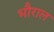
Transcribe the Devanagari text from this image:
भौराल